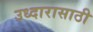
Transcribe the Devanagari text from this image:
उध्दारासाठी